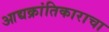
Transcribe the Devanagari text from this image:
आद्यक्रांतिकाराचा